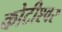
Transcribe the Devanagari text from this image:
कोटीश्वर